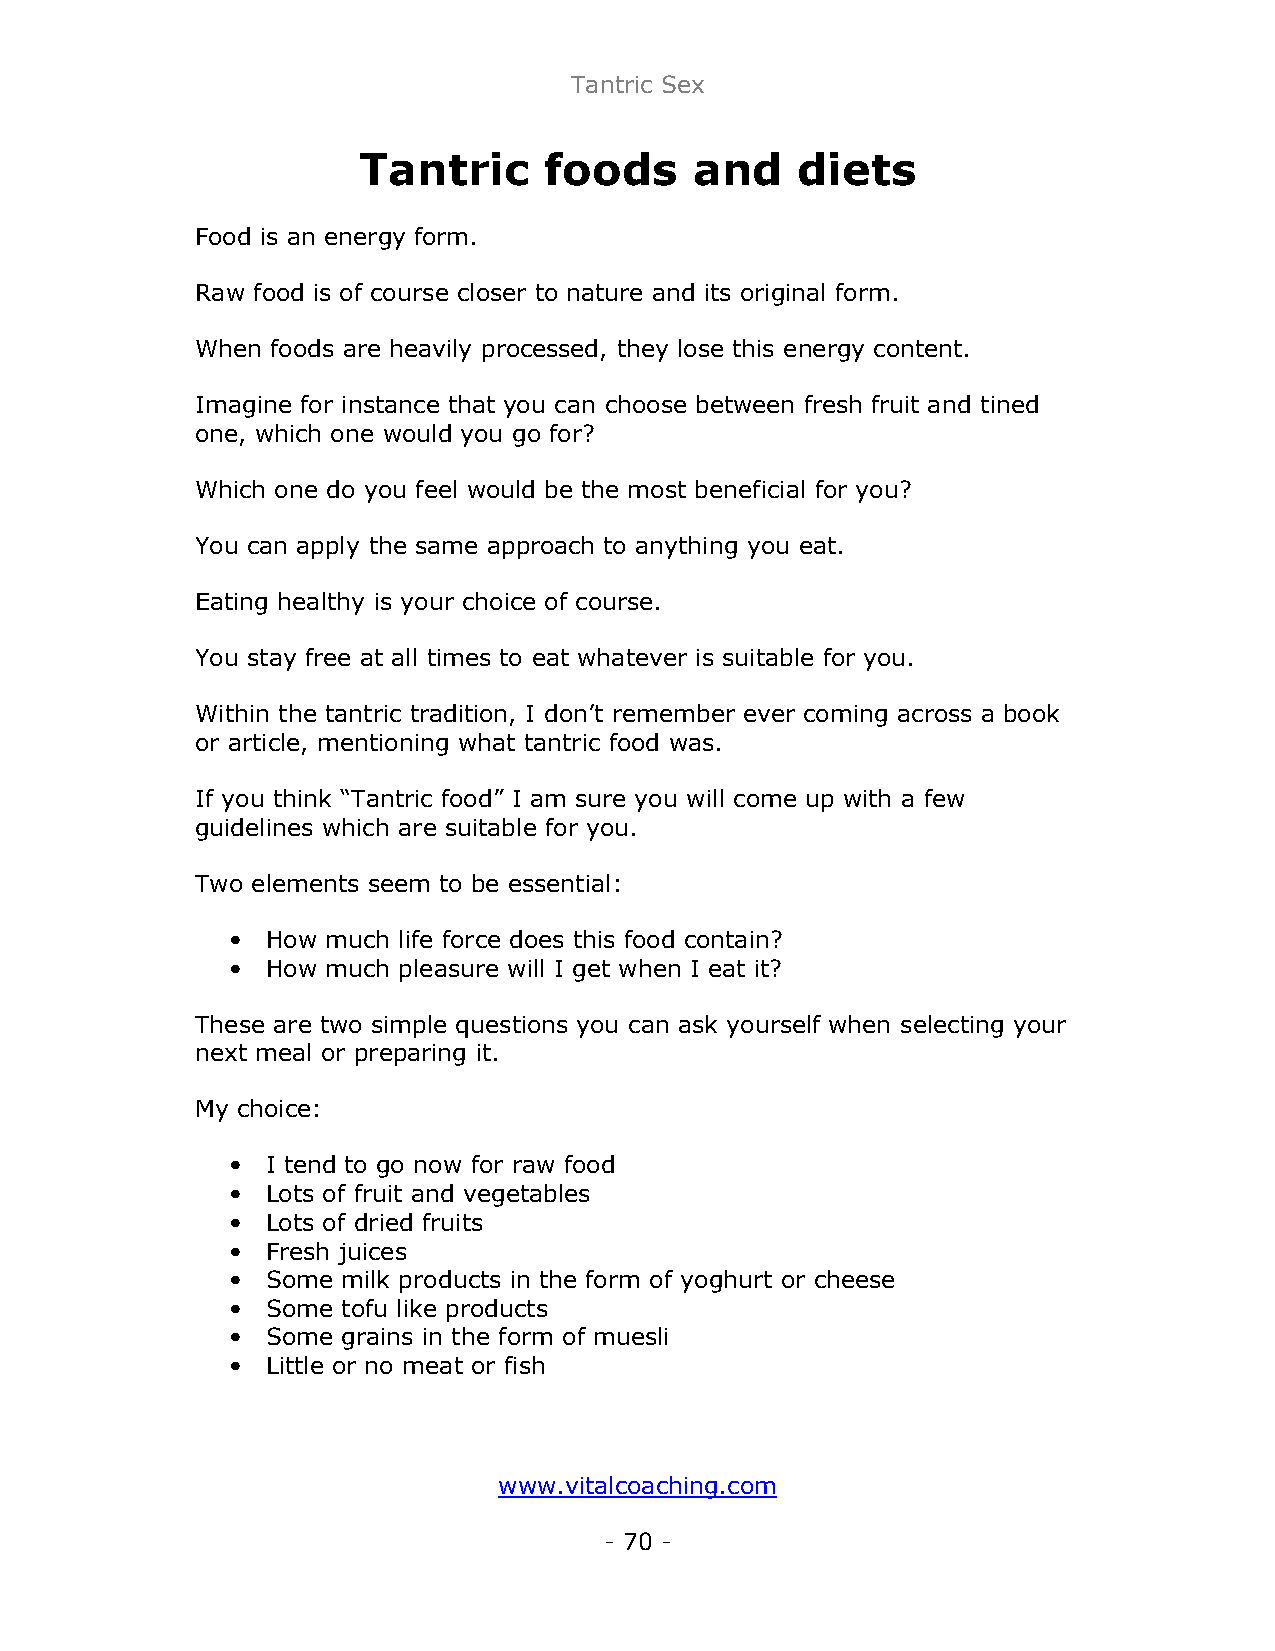
Tantric Sex
 Tantric     foods     and    diets
 Food is an energy form.
 Raw food is of course closer to nature and its original form.
 When foods are heavily processed, they lose this energy content.
 Imagine for instance that you can choose between fresh fruit and tined
 one, which one would you go for?
 Which one do you feel would be the most beneficial for you?
 You can apply the same approach to anything you eat.
 Eating healthy is your choice of course.
 You stay free at all times to eat whatever is suitable for you.
 Within the tantric tradition, I don’t remember ever coming across a book
 or article, mentioning what tantric food was.
 If you think “Tantric food” I am sure you will come up with a few
 guidelines which are suitable for you.
 Two elements seem to be essential:
 •  How much life force does this food contain?
 •  How much pleasure will I get when I eat it?
 These are two simple questions you can ask yourself when selecting your
 next meal or preparing it.
 My choice:
 •  I tend to go now for raw food
 •  Lots of fruit and vegetables
 •  Lots of dried fruits
 •  Fresh juices
 •  Some milk products in the form of yoghurt or cheese
 •  Some tofu like products
 •  Some grains in the form of muesli
 •  Little or no meat or fish
 www.vitalcoaching.com
 - 70 -